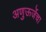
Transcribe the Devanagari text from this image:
अणुऊर्जेचा